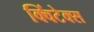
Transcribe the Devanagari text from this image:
क्विंटेक्स